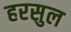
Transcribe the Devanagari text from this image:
हरसुल